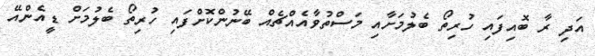
އަދި ރާ ބޮއިފައި ހުރިތޯ ބެލުމަށާއި މަސްތުވާއެއްޗެއް ބޭނުންކޮށްފައި ހުރިތޯ ބެލުމަށް ޑީއެންއޭ